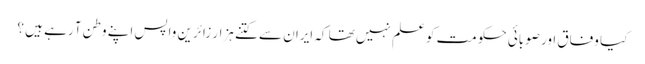
کیا وفاق اور صوبائی حکومت کو علم نہیں تھا کہ ایران سے کتنے ہزار زائرین واپس اپنے وطن آ رہے ہیں ؟